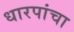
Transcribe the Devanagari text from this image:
धारपांचा